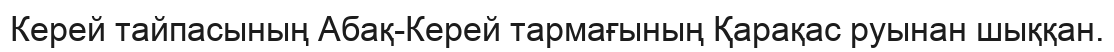
Керей тайпасының Абақ-Керей тармағының Қарақас руынан шыққан.